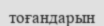
тоғандарын